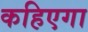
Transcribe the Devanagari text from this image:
कहिएगा